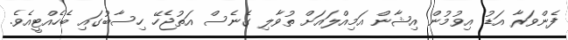
ފެންވަރާ އަޑު އިވުމުން އިޝާން އަމިއްލައަށް ތުވާލި ގެނެސް އަތުޖެހޭ ހިސާބުގައި ބެހެއްޓީއެވެ.